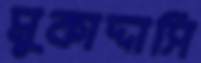
মুকাদ্দাসি